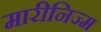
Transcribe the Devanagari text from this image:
मारीनिज्म